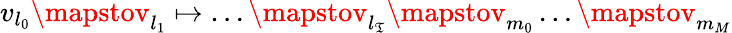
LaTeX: v_{l_{0}}\mapstov_{l_{1}}\mapsto\ldots\mapstov_{l_{\mathfrak{T}}}\mapstov_{m_{0}}\ldots\mapstov_{m_{M}}